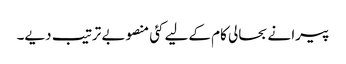
پیرا نے بحالی کام کےلیے کئی منصوبے ترتیب دیے۔